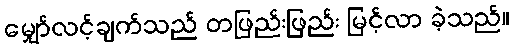
မျှော်လင့်ချက်သည် တဖြည်းဖြည်း မြင့်လာ ခဲ့သည်။